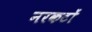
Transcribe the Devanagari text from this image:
नरकटों